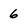
Character: 6